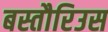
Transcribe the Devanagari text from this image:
बस्तौरिउस